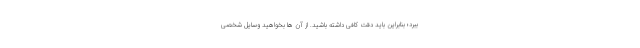
ببرد؛ بنابراین باید دقت کافی داشته باشید. از آن ها بخواهید وسایل شخصی